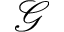
\mathcal { G }